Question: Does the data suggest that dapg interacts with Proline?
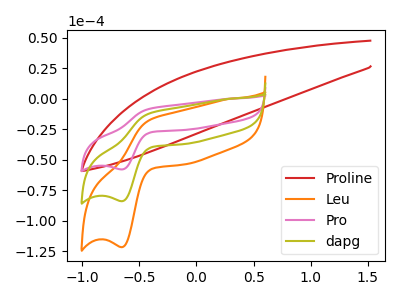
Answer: <think>The red curve "Proline" has no peaks. The orange curve "Leu" has an anodic peak at (-0.40V, -24.35uA) and a cathodic peak at (-0.65V, -168.20uA). The pink curve "Pro" has an anodic peak at (-0.40V, -8.40uA) and a cathodic peak at (-0.65V, -58.10uA). The olive curve "dapg" has an anodic peak at (-0.40V, -12.15uA) and a cathodic peak at (-0.65V, -84.10uA).
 "dapg" and "Proline" have a different number of peaks.</think>
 <answer>Yes, "dapg" and "Proline" are different in shape.</answer>
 <eval>yes_change</eval>